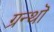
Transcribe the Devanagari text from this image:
ग्रन्थॊ